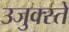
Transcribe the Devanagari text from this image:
उजुक्स्ते